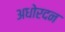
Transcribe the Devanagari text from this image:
अधोरदन